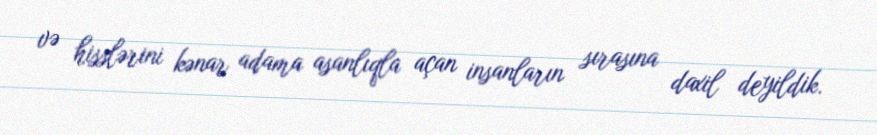
və hisslərini kənar adama asanlıqla açan insanların sırasına daxil deyildik.